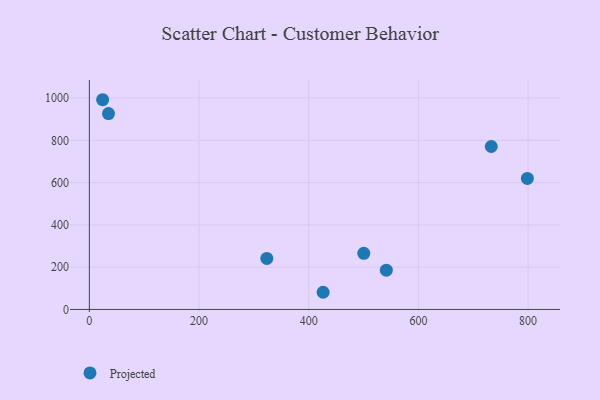
{"axis": {"x": "Investment", "y": "Salary"}, "legend": ["Projected"], "data": [{"x": "798.7", "y": 619.8, "type": "Projected"}, {"x": "541.5", "y": 185.8, "type": "Projected"}, {"x": "426.3", "y": 81.2, "type": "Projected"}, {"x": "732.9", "y": 770.8, "type": "Projected"}, {"x": "323.6", "y": 241.3, "type": "Projected"}, {"x": "500.4", "y": 265.5, "type": "Projected"}, {"x": "24.2", "y": 992.0, "type": "Projected"}, {"x": "34.9", "y": 926.3, "type": "Projected"}]}